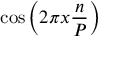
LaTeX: \cos \left( 2 \pi x { \frac { n } { P } } \right)